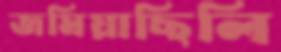
জমিয়াছিলি